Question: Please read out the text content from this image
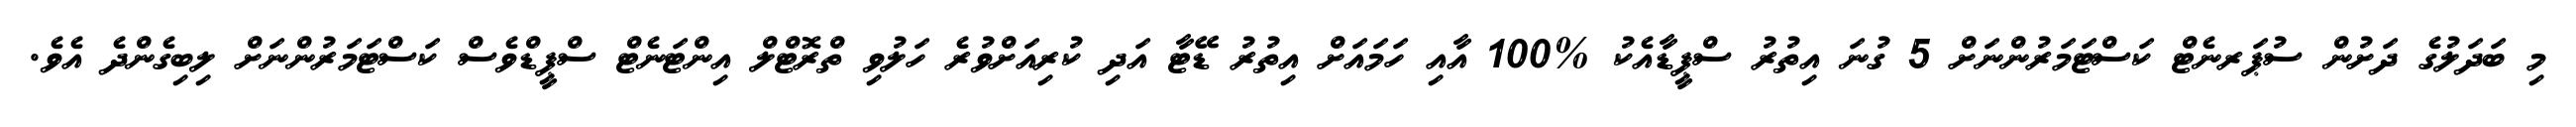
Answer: މި ބަދަލުގެ ދަށުން ސުޕަރނެޓް ކަސްޓަމަރުންނަށް 5 ގުނަ އިތުރު ސްޕީޑާއެކު %100 އާއި ހަމައަށް އިތުރު ޑޭޓާ އަދި ކުރިއަށްވުރެ ހަލުވި ތްރޮޓްލް އިންޓަނެޓް ސްޕީޑްވެސް ކަސްޓަމަރުންނަށް ލިބިގެންދެ އެވެ.